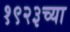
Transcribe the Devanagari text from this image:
१९२३च्या